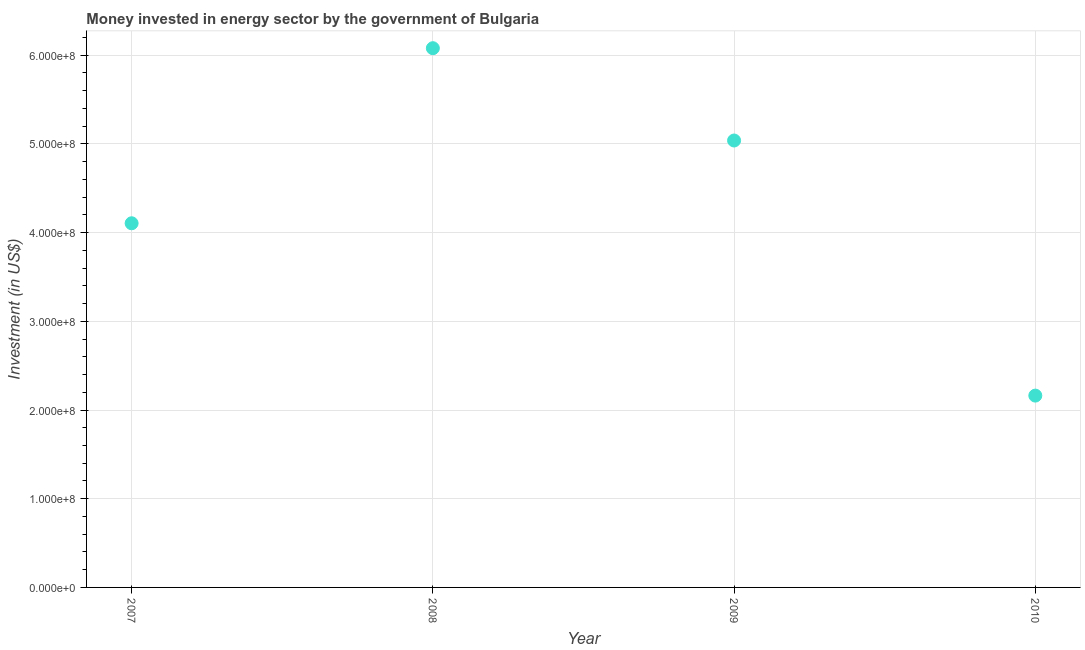
| Year | Investment in energy with private participation (current US$) |
 | --- | --- |
 | 2007 | 4.10e+08 |
 | 2008 | 6.08e+08 |
 | 2009 | 5.04e+08 |
 | 2010 | 2.16e+08 |